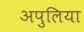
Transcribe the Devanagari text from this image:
अपुलिया